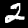
Label: 2